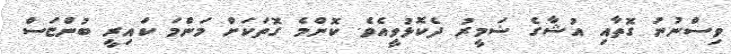
ވިސްނުނު ގޮތާއި އުޝާގެ ޟަމީރު ދެކޮޅުވީއެވެ. ކޮންމެ ގޮތަކަށް މަންމަ ކައިރީ ބުންޏަސް